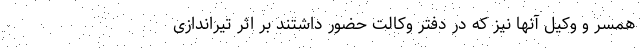
همسر و وکیل آنها نیز که در دفتر وکالت حضور داشتند بر اثر تیراندازی